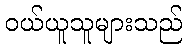
ဝယ်ယူသူများသည်